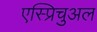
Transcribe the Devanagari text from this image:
एस्प्रिचुअल